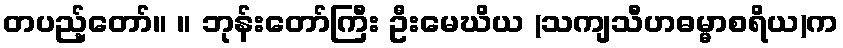
တပည့်တော်။ ။ ဘုန်းတော်ကြီး ဦးမေဃိယ (သကျသီဟဓမ္မာစရိယ)က